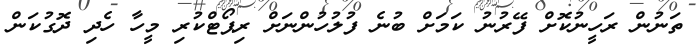
ތަނުން ރަހީނުކޮށް ފޭރުނު ކަމަށް ބުނެ ފުލުހުންނަށް ރިޕޯޓްކުރި މީހާ ހެދި ދޮގުކަން